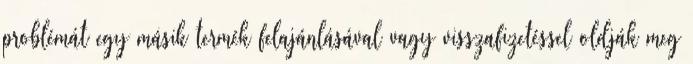
problémát egy másik termék felajánlásával vagy visszafizetéssel oldják meg